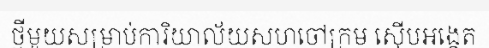
ថ្មីមួយសម្រាប់ការិយាល័យសហចៅក្រម ស៊ើបអង្កេត